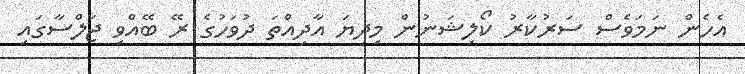
އެހެން ނަމަވެސް ސަރުކާރު ކޯލިޝަނުން މިދިޔަ އާދިއްތަ ދުވަހުގެ ރޭ ބޭއްވި ޖަލްސާގައި